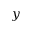
y